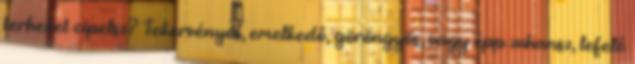
terheket cipelsz? Tekervényes, emelkedő, göröngyös, vagy épp zuhansz, lefelé